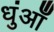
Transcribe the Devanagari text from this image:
धुंआँ